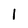
Character: l